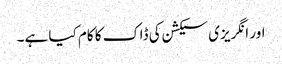
اور انگریزی سیکشن کی ڈاک کا کام کیا ہے۔